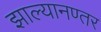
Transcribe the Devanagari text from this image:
झाल्यानण्तर